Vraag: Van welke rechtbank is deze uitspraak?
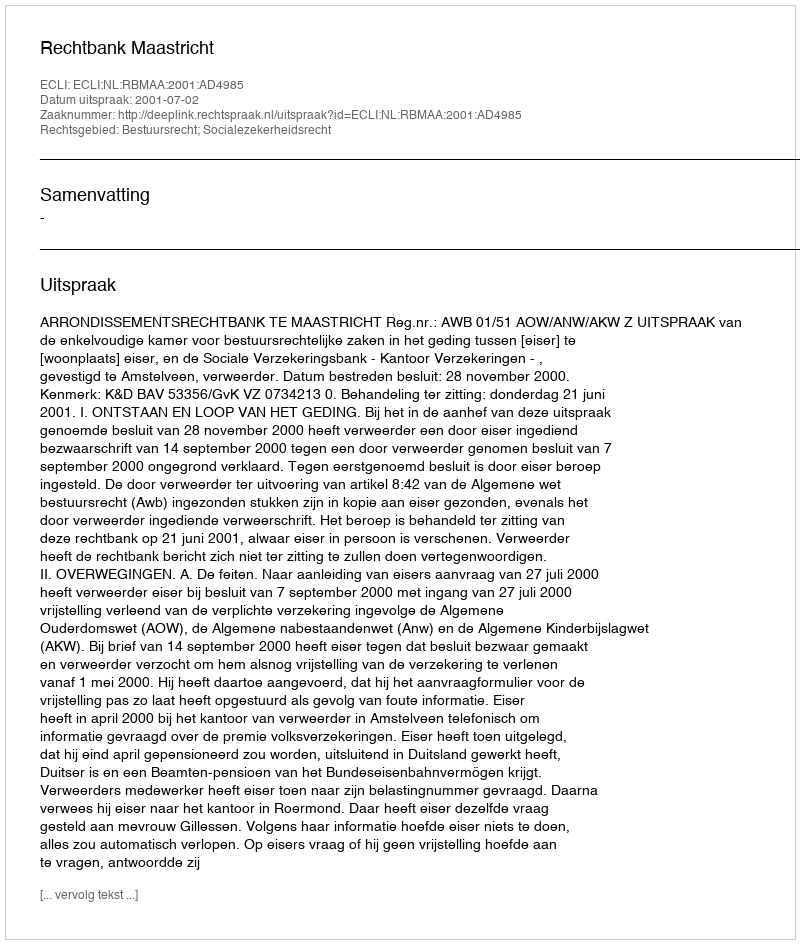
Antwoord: Rechtbank Maastricht